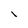
Character: 1